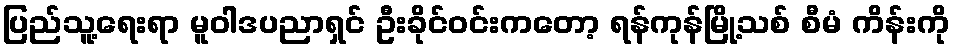
ပြည်သူ့ရေးရာ မူဝါဒပညာရှင် ဦးခိုင်ဝင်းကတော့ ရန်ကုန်မြို့သစ် စီမံ ကိန်းကို